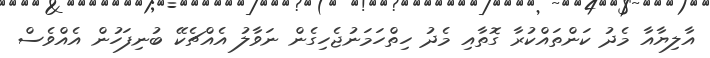
އާލިޔާއާ މެދު ކަންތައްކުރާ ގޮތާއި މެދު ހިތްހަމަނުޖެހިގެން ނަވާލު އެއްޗެކޭ ބުނިފަހުން އެއްވެސް